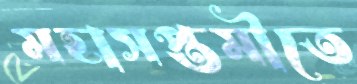
মহাসপ্তমীতে